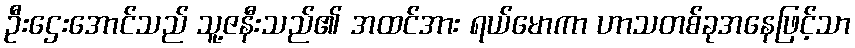
ဦးဌေးအောင်သည် သူ့ဇနီးသည်၏ အထင်အား ရယ်မောကာ ဟာသတစ်ခုအနေဖြင့်သာ